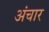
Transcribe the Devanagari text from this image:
अंचार